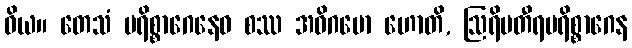
ဝိယ။ တေသံ ပရိစ္စာဂေနေဝ စဿ အဓိဂမော ဟောတိ, ဩရိမတီရပရိစ္စာဂေန